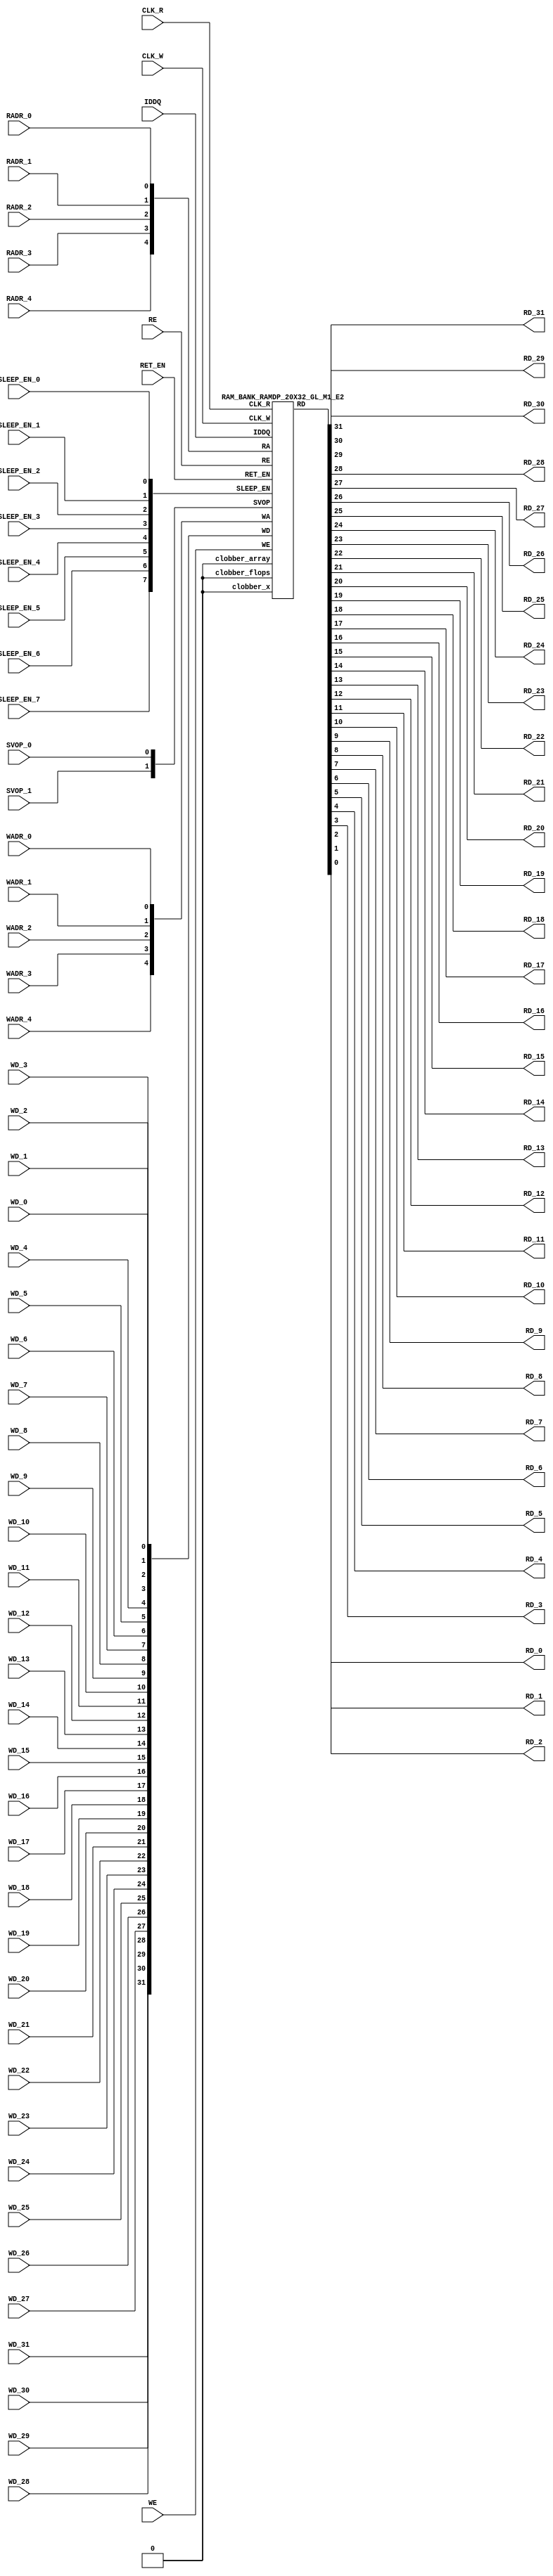
//RAM : RAMDP_20X32_GL_M1_E2
//Technology : TSMC16FFLR
//Compiler version: FINAL.1 - 2017-05-23.14:46:11
`timescale 10ps/1ps
`celldefine
module RAMDP_20X32_GL_M1_E2 (CLK_R, CLK_W, RE, WE
 , RADR_4, RADR_3, RADR_2, RADR_1, RADR_0
    , WADR_4, WADR_3, WADR_2, WADR_1, WADR_0
 , WD_31, WD_30, WD_29, WD_28, WD_27, WD_26, WD_25, WD_24, WD_23, WD_22, WD_21, WD_20, WD_19, WD_18, WD_17, WD_16, WD_15, WD_14, WD_13, WD_12, WD_11, WD_10, WD_9, WD_8, WD_7, WD_6, WD_5, WD_4, WD_3, WD_2, WD_1, WD_0
 , RD_31, RD_30, RD_29, RD_28, RD_27, RD_26, RD_25, RD_24, RD_23, RD_22, RD_21, RD_20, RD_19, RD_18, RD_17, RD_16, RD_15, RD_14, RD_13, RD_12, RD_11, RD_10, RD_9, RD_8, RD_7, RD_6, RD_5, RD_4, RD_3, RD_2, RD_1, RD_0
    , IDDQ
 , SVOP_1, SVOP_0
    , SLEEP_EN_7, SLEEP_EN_6, SLEEP_EN_5, SLEEP_EN_4, SLEEP_EN_3, SLEEP_EN_2, SLEEP_EN_1, SLEEP_EN_0, RET_EN
);
// nvProps NoBus SLEEP_EN_
`ifndef RAM_INTERFACE
`ifndef EMULATION
`ifndef SYNTHESIS
// Physical ram size defined as localparam
localparam phy_rows = 20;
localparam phy_cols = 32;
localparam phy_rcols_pos = 32'b0;
`endif //ndef SYNTHESIS
`endif //EMULATION
`endif //ndef RAM_INTERFACE
input CLK_R, CLK_W, RE, WE
 , RADR_4, RADR_3, RADR_2, RADR_1, RADR_0
    , WADR_4, WADR_3, WADR_2, WADR_1, WADR_0
 , WD_31, WD_30, WD_29, WD_28, WD_27, WD_26, WD_25, WD_24, WD_23, WD_22, WD_21, WD_20, WD_19, WD_18, WD_17, WD_16, WD_15, WD_14, WD_13, WD_12, WD_11, WD_10, WD_9, WD_8, WD_7, WD_6, WD_5, WD_4, WD_3, WD_2, WD_1, WD_0
    , SLEEP_EN_7, SLEEP_EN_6, SLEEP_EN_5, SLEEP_EN_4, SLEEP_EN_3, SLEEP_EN_2, SLEEP_EN_1, SLEEP_EN_0, RET_EN
    , IDDQ
 , SVOP_1, SVOP_0;
output RD_31, RD_30, RD_29, RD_28, RD_27, RD_26, RD_25, RD_24, RD_23, RD_22, RD_21, RD_20, RD_19, RD_18, RD_17, RD_16, RD_15, RD_14, RD_13, RD_12, RD_11, RD_10, RD_9, RD_8, RD_7, RD_6, RD_5, RD_4, RD_3, RD_2, RD_1, RD_0;
`ifndef RAM_INTERFACE
//assemble & rename wires
 wire [4:0] RA = {RADR_4, RADR_3, RADR_2, RADR_1, RADR_0};
 wire [4:0] WA = {WADR_4, WADR_3, WADR_2, WADR_1, WADR_0};
 wire [31:0] WD = {WD_31, WD_30, WD_29, WD_28, WD_27, WD_26, WD_25, WD_24, WD_23, WD_22, WD_21, WD_20, WD_19, WD_18, WD_17, WD_16, WD_15, WD_14, WD_13, WD_12, WD_11, WD_10, WD_9, WD_8, WD_7, WD_6, WD_5, WD_4, WD_3, WD_2, WD_1, WD_0};
 wire [31:0] RD;
 assign {RD_31, RD_30, RD_29, RD_28, RD_27, RD_26, RD_25, RD_24, RD_23, RD_22, RD_21, RD_20, RD_19, RD_18, RD_17, RD_16, RD_15, RD_14, RD_13, RD_12, RD_11, RD_10, RD_9, RD_8, RD_7, RD_6, RD_5, RD_4, RD_3, RD_2, RD_1, RD_0} = RD;
 wire [1:0] SVOP = {SVOP_1, SVOP_0};
    wire [7:0] SLEEP_EN = {SLEEP_EN_7, SLEEP_EN_6, SLEEP_EN_5, SLEEP_EN_4, SLEEP_EN_3, SLEEP_EN_2, SLEEP_EN_1, SLEEP_EN_0};
`ifndef EMULATION
`ifndef SYNTHESIS
//State point clobering signals:
    wire check_x = (SVOP_0 ^ SVOP_1);
    wire clobber_x;
    assign clobber_x = ((check_x === 1'bx) || (check_x === 1'bz)) ? 1'b1 : 1'b0;
    wire clobber_array = ((|SLEEP_EN) & ~RET_EN) | clobber_x;
    wire clobber_flops = (|SLEEP_EN) | clobber_x;
    integer i;
    always @(clobber_array) begin
      if (clobber_array) begin
      for (i=0; i<20; i=i+1) begin
          ITOP.io.array[i] <= 32'bx;
      end
      end
    end
//VCS coverage off
    always @(clobber_flops) begin
        if (clobber_flops) begin
        ITOP.we_lat <= 1'bx;
        ITOP.wa_lat <= 5'bx;
        ITOP.wd_lat <= 32'bx;
        ITOP.re_lat <= 1'bx;
        ITOP.ra_lat <= 5'bx;
        ITOP.io.r0_dout_tmp <= 32'b0;
        end
    end
//VCS coverage on
//VCS coverage off
`ifdef NV_RAM_ASSERT
//first reset signal for nv_assert_module:
    reg sim_reset;
    initial begin: init_sim_reset
        sim_reset = 0;
        #6 sim_reset = 1;
    end
    reg rst_clk;
    initial begin: init_rst_clk
        rst_clk = 0;
        #2 rst_clk = 1;
        #4 rst_clk = 0;
    end
//internal weclk|reclk gating signal:
    wire weclk_gating = ITOP.we_lat & ~IDDQ;
    wire reclk_gating = ITOP.re_lat & ~IDDQ;
//Logic-S1: write address out of range
    wire illegal_logic_assertion_wadr_out_of_range = (ITOP.wa_lat>=5'd20) & weclk_gating;
    wire disable_logic_assertion_wadr_out_of_range = $test$plusargs("disable_logic_assertions_globally") | $test$plusargs("disable_logic_assertion_wadr_out_of_range");
    nv_assert_never #(0,0, "Logic-S1:write address out of range") disable_logic_assertion_wadr_out_of_range_x (CLK_W ^ rst_clk, ~disable_logic_assertion_wadr_out_of_range & sim_reset, illegal_logic_assertion_wadr_out_of_range);
//Logic-S2: read address out of range
    wire illegal_logic_assertion_radr_out_of_range = (ITOP.ra_lat>=5'd20) & reclk_gating;
    wire disable_logic_assertion_radr_out_of_range = $test$plusargs("disable_logic_assertions_globally") | $test$plusargs("disable_logic_assertion_radr_out_of_range");
    nv_assert_never #(0,0, "Logic-S2:read address out of range") disable_logic_assertion_radr_out_of_range_x (CLK_R ^ rst_clk, ~disable_logic_assertion_radr_out_of_range & sim_reset, illegal_logic_assertion_radr_out_of_range);
//Assertion checks for power sequence of G-option RAMDP:
//weclk_gating after 2 clk
    reg weclk_gating_1p, weclk_gating_2p;
    always @(posedge CLK_W) begin
        weclk_gating_1p <= weclk_gating;
        weclk_gating_2p <= weclk_gating_1p;
    end
//reclk_gating after 2 clk
    reg reclk_gating_1p, reclk_gating_2p;
    always @(posedge CLK_R) begin
        reclk_gating_1p <= reclk_gating;
        reclk_gating_2p <= reclk_gating_1p;
    end
//RET_EN off after 2 CLK_W
    reg ret_en_w_1p, ret_en_w_2p;
    always @(posedge CLK_W or posedge RET_EN) begin
        if(RET_EN)
            begin
                ret_en_w_1p <= 1'b1;
                ret_en_w_2p <= 1'b1;
            end
        else
            begin
                ret_en_w_1p <= RET_EN;
                ret_en_w_2p <= ret_en_w_1p;
            end
    end
//RET_EN off after 2 CLK_R
    reg ret_en_r_1p, ret_en_r_2p;
    always @(posedge CLK_R or posedge RET_EN) begin
        if(RET_EN)
            begin
                ret_en_r_1p <= 1'b1;
                ret_en_r_2p <= 1'b1;
            end
        else
            begin
                ret_en_r_1p <= RET_EN;
                ret_en_r_2p <= ret_en_r_1p;
            end
    end
    wire sleep_en_or = (|SLEEP_EN) ;
//SLEEP_EN off after 2 CLK_W
    reg sleep_en_off_w_1p, sleep_en_off_w_2p;
    always @(posedge CLK_W or posedge sleep_en_or) begin
        if(sleep_en_or)
            begin
                sleep_en_off_w_1p <= 1'b1;
                sleep_en_off_w_2p <= 1'b1;
            end
        else
            begin
                sleep_en_off_w_1p <= sleep_en_or;
                sleep_en_off_w_2p <= sleep_en_off_w_1p;
            end
    end
//SLEEP_EN off after 2 CLK_R
    reg sleep_en_off_r_1p, sleep_en_off_r_2p;
    always @(posedge CLK_R or posedge sleep_en_or) begin
        if(sleep_en_or)
            begin
                sleep_en_off_r_1p <= 1'b1;
                sleep_en_off_r_2p <= 1'b1;
            end
        else
            begin
                sleep_en_off_r_1p <= |sleep_en_or;
                sleep_en_off_r_2p <= sleep_en_off_r_1p;
            end
    end
//#1 From function mode to retention mode:
//Power-S1.1:illegal assert RET_EN after asserting SLEEP_EN
    wire disable_power_assertion_S1P1 = $test$plusargs("disable_power_assertions_globally") | $test$plusargs("disable_power_assertion_assert_RET_EN_after_SLEEP_EN_on_when_function2retention");
    nv_assert_never #(0,0, "Power-S1.1:illegal assert RET_EN after asserting SLEEP_EN") inst_S1P1 (RET_EN ^ rst_clk, ~disable_power_assertion_S1P1 & sim_reset, (|SLEEP_EN));
//Power-S1.2:illegal assert RET_EN without 2 nop-CLK
    wire disable_power_assertion_S1P2 = $test$plusargs("disable_power_assertions_globally") | $test$plusargs("disable_power_assertion_assert_RET_EN_without_2_nop_CLK");
    nv_assert_never #(0,0, "Power-S1.2:illegal assert RET_EN without 2 nop-CLK") inst_S1P2 (RET_EN ^ rst_clk, ~disable_power_assertion_S1P2 & sim_reset, weclk_gating | weclk_gating_1p | weclk_gating_2p | reclk_gating | reclk_gating_1p | reclk_gating_2p);
//#2 From retention mode to function mode:
//Power-S2.1:illegal write without 2 nop-CLK after de-asserting RET_EN
    wire disable_power_assertion_S2P1 = $test$plusargs("disable_power_assertions_globally") | $test$plusargs("disable_power_assertion_write_without_2_nop_CLK_after_retention2function");
    nv_assert_never #(0,0, "Power-S2.1:illegal write without 2 nop-CLK after de-asserting RET_EN") inst_S2P1 (CLK_W ^ rst_clk, ~disable_power_assertion_S2P1 & sim_reset, ~RET_EN & ret_en_w_2p & weclk_gating);
//Power-S2.2:illegal read without 2 nop-CLK after de-asserting RET_EN
    wire disable_power_assertion_S2P2 = $test$plusargs("disable_power_assertions_globally") | $test$plusargs("disable_power_assertion_read_without_2_nop_CLK_after_retention2function");
    nv_assert_never #(0,0, "Power-S2.2:illegal read without 2 nop-CLK after de-asserting RET_EN") inst_S2P2 (CLK_R ^ rst_clk, ~disable_power_assertion_S2P2 & sim_reset, ~RET_EN & ret_en_r_2p & reclk_gating);
//#3 From function mode to sleep mode:
//Power-S3.2:illegal assert SLEEP_EN without 2 nop-CLK
    wire disable_power_assertion_S3P2 = $test$plusargs("disable_power_assertions_globally") | $test$plusargs("disable_power_assertion_assert_SLEEP_EN_without_2_nop_CLK");
    nv_assert_never #(0,0, "Power-S3.2:illegal assert SLEEP_EN without 2 nop-CLK") inst_S3P2 ((|SLEEP_EN) ^ rst_clk, ~disable_power_assertion_S3P2 & sim_reset, weclk_gating | weclk_gating_1p | weclk_gating_2p | reclk_gating | reclk_gating_1p | reclk_gating_2p);
//#4 From sleep mode to function mode:
//Power-S4.1:illegal write without 2 nop-CLK after switching from sleep mode to function mode
    wire disable_power_assertion_S4P1 = $test$plusargs("disable_power_assertions_globally") | $test$plusargs("disable_power_assertion_write_without_2_nop_CLK_after_sleep2function");
    nv_assert_never #(0,0, "Power-S4.1:illegal write without 2 nop-CLK after switching from sleep mode to function mode") inst_S4P1 (CLK_W ^ rst_clk, ~disable_power_assertion_S4P1 & sim_reset, ~(|SLEEP_EN) & sleep_en_off_w_2p & weclk_gating);
//Power-S4.2:illegal read without 2 nop-CLK after switching from sleep mode to function mode
    wire disable_power_assertion_S4P2 = $test$plusargs("disable_power_assertions_globally") | $test$plusargs("disable_power_assertion_read_without_2_nop_after_sleep2function");
    nv_assert_never #(0,0, "Power-S4.2:illegal read without 2 nop-CLK after switching from sleep mode to function mode") inst_S4P2 (CLK_R ^ rst_clk, ~disable_power_assertion_S4P2 & sim_reset, ~(|SLEEP_EN) & sleep_en_off_r_2p & reclk_gating);
`endif //NV_RAM_ASSERT
//VCS coverage on
`ifdef NV_RAM_EXPAND_ARRAY
  wire [32-1:0] Q_19 = ITOP.io.array[19];
  wire [32-1:0] Q_18 = ITOP.io.array[18];
  wire [32-1:0] Q_17 = ITOP.io.array[17];
  wire [32-1:0] Q_16 = ITOP.io.array[16];
  wire [32-1:0] Q_15 = ITOP.io.array[15];
  wire [32-1:0] Q_14 = ITOP.io.array[14];
  wire [32-1:0] Q_13 = ITOP.io.array[13];
  wire [32-1:0] Q_12 = ITOP.io.array[12];
  wire [32-1:0] Q_11 = ITOP.io.array[11];
  wire [32-1:0] Q_10 = ITOP.io.array[10];
  wire [32-1:0] Q_9 = ITOP.io.array[9];
  wire [32-1:0] Q_8 = ITOP.io.array[8];
  wire [32-1:0] Q_7 = ITOP.io.array[7];
  wire [32-1:0] Q_6 = ITOP.io.array[6];
  wire [32-1:0] Q_5 = ITOP.io.array[5];
  wire [32-1:0] Q_4 = ITOP.io.array[4];
  wire [32-1:0] Q_3 = ITOP.io.array[3];
  wire [32-1:0] Q_2 = ITOP.io.array[2];
  wire [32-1:0] Q_1 = ITOP.io.array[1];
  wire [32-1:0] Q_0 = ITOP.io.array[0];
`endif //def NV_RAM_EXPAND_ARRAY
//VCS coverage off
`ifdef MONITOR
task monitor_on;
    begin
        ITOP.io.monitor_on = 1'b1;
    end
endtask
task monitor_off;
    begin
        ITOP.io.monitor_on = 1'b0;
        ITOP.io.dump_monitor_result = 1'b1;
    end
endtask
`endif//def MONITOR
//VCS coverage on
//VCS coverage off
task mem_fill_value;
input fill_bit;
integer i;
begin
    for (i=0; i<20; i=i+1) begin
     ITOP.io.array[i] = {32{fill_bit}};
    end
end
endtask
task mem_fill_random;
integer i;
integer j;
reg [31:0] val;
begin
    for (j=0; j<20; j=j+1) begin
        for (i=0; i<32; i=i+1) begin
            val[i] = {$random};
        end
     ITOP.io.array[j] = val;
    end
end
endtask
task mem_write;
  input [4:0] addr;
  input [31:0] data;
  begin
     ITOP.io.mem_wr_raw(addr,data);
  end
endtask
function [31:0] mem_read;
  input [4:0] addr;
  begin
 mem_read = ITOP.io.mem_read_raw(addr);
  end
endfunction
task force_rd;
  input [4:0] addr;
  begin
 ITOP.io.r0_dout_tmp = ITOP.io.array[addr];
  end
endtask
`ifdef MEM_PHYS_INFO
task mem_phys_write;
  input [4:0] addr;
  input [31:0] data;
  begin
     ITOP.io.mem_wr_raw(addr,data);
  end
endtask
function [31:0] mem_phys_read_padr;
  input [4:0] addr;
  begin
 mem_phys_read_padr = ITOP.io.mem_read_raw(addr);
  end
endfunction
function [4:0] mem_log_to_phys_adr;
    input [4:0] addr;
    begin
    mem_log_to_phys_adr = addr;
    end
endfunction
function [31:0] mem_phys_read_pmasked;
  input [4:0] addr;
  begin
 mem_phys_read_pmasked = ITOP.io.mem_read_raw(addr);
  end
endfunction
function [31:0] mem_phys_read_ladr;
  input [4:0] addr;
  begin
 mem_phys_read_ladr = mem_phys_read_padr(mem_log_to_phys_adr(addr));
  end
endfunction
`endif //def MEM_PHYS_INFO
`ifdef FAULT_INJECTION
task mem_fault_no_write;
  input [31:0] fault_mask;
   begin
    ITOP.io.mem_fault_no_write(fault_mask);
  end
endtask
task mem_fault_stuck_0;
  input [31:0] fault_mask;
  integer i;
   begin
    ITOP.io.mem_fault_stuck_0(fault_mask);
   end
endtask
task mem_fault_stuck_1;
  input [31:0] fault_mask;
  integer i;
   begin
    ITOP.io.mem_fault_stuck_1(fault_mask);
  end
endtask
task set_bit_fault_stuck_0;
  input r;
  input c;
  integer r;
  integer c;
    ITOP.io.set_bit_fault_stuck_0(r,c);
endtask
task set_bit_fault_stuck_1;
  input r;
  input c;
  integer r;
  integer c;
    ITOP.io.set_bit_fault_stuck_1(r,c);
endtask
task clear_bit_fault_stuck_0;
  input r;
  input c;
  integer r;
  integer c;
    ITOP.io.clear_bit_fault_stuck_0(r,c);
endtask
task clear_bit_fault_stuck_1;
  input r;
  input c;
  integer r;
  integer c;
    ITOP.io.clear_bit_fault_stuck_1(r,c);
endtask
//VCS coverage on
`endif //def FAULT_INJECTION
`else //def SYNTHESIS
    wire clobber_x;
    assign clobber_x = 1'b0;
    wire clobber_array = 1'b0;
    wire clobber_flops = 1'b0;
`endif //ndef SYNTHESIS
//instantiate memory bank
 RAM_BANK_RAMDP_20X32_GL_M1_E2 ITOP (
  .RE(RE),
  .WE(WE),
  .RA(RA),
  .WA(WA),
  .CLK_R(CLK_R),
  .CLK_W(CLK_W),
  .IDDQ(IDDQ),
  .SVOP(SVOP),
  .WD(WD),
  .RD(RD),
  .SLEEP_EN(SLEEP_EN),
        .RET_EN(RET_EN),
        .clobber_flops(clobber_flops),
        .clobber_array(clobber_array),
        .clobber_x(clobber_x)
 );
//VCS coverage off
`else //def EMULATION
// Simple emulation model without MBIST, SCAN or REDUNDANCY
//common part for write
     reg we_ff;
        reg [4:0] wa_ff;
        reg [31:0] wd_ff;
     always @(posedge CLK_W) begin // spyglass disable W391
                we_ff <= WE;
                wa_ff <= WA;
                wd_ff <= WD;
     end
//common part for read
     reg re_lat;
        always @(*) begin
      if (!CLK_R) begin
                re_lat <= RE; // spyglass disable W18
      end
     end
     wire reclk = CLK_R & re_lat;
     reg [4:0] ra_ff;
     always @(posedge CLK_R) begin // spyglass disable W391
       ra_ff <= RA;
     end
        reg [31:0] dout;
        assign RD = dout;
//memory array
     reg [31:0] array[0:19];
     always @(negedge CLK_W ) begin
            if (we_ff) begin
       array[wa_ff] <= wd_ff; // spyglass disable SYNTH_5130
            end
     end
     always @(*) begin
      if (reclk) begin
       dout <= array[ra_ff]; // spyglass disable SYNTH_5130, W18
      end
     end
// End of the simple emulation model
`endif //def EMULATION
//VCS coverage on
`endif //ndef RAM_INTERFACE
endmodule
`endcelldefine
/////////////////////////////////////////////////////////////////////////////////////////////////////////////////////////////////
/////////////////////////////// memory bank block : defines internal logic of the RAMDP /////////////////////////////////////////
/////////////////////////////////////////////////////////////////////////////////////////////////////////////////////////////////
`ifndef RAM_INTERFACE
`ifndef EMULATION
module RAM_BANK_RAMDP_20X32_GL_M1_E2 (RE, WE, RA, WA, CLK_R, CLK_W, IDDQ, SVOP, WD, RD, SLEEP_EN, RET_EN, clobber_flops, clobber_array, clobber_x
);
input RET_EN;
input RE, WE, CLK_R, CLK_W, IDDQ;
input [4:0] RA, WA;
input [31:0] WD;
input [1:0] SVOP;
input [7:0] SLEEP_EN;
input clobber_flops, clobber_array, clobber_x;
output [31:0] RD;
//State point clobering signals:
    wire output_valid = ~(clobber_x | (|SLEEP_EN));
    wire clamp_o = SLEEP_EN[7] | RET_EN;
//common part for write
    wire clk_w_iddq = CLK_W & ~IDDQ & ~clamp_o;
 reg we_lat;
 always @(*) begin
  if (!clk_w_iddq & !clobber_flops) begin
   we_lat <= WE; // spyglass disable W18, IntClock
  end
 end
// weclk with posedge 1 dly | negedge 2 dly
    wire weclk, weclk_d0, weclk_d1, weclk_d2;
    assign weclk_d0 = clk_w_iddq & we_lat & ~clobber_flops & ~clobber_array;
    assign #1 weclk_d1 = weclk_d0;
    assign #1 weclk_d2 = weclk_d1;
    assign weclk = weclk_d1 | weclk_d2; // spyglass disable GatedClock
// wadclk with posedge 0 dly | negedge 3 dly
    wire wadclk, wadclk_d0, wadclk_d1, wadclk_d2, wadclk_d3;
    assign wadclk_d0 = clk_w_iddq & we_lat;
    assign #1 wadclk_d1 = wadclk_d0;
    assign #1 wadclk_d2 = wadclk_d1;
    assign #1 wadclk_d3 = wadclk_d2;
    assign wadclk = wadclk_d0 | wadclk_d1 | wadclk_d2 | wadclk_d3;
// wdclk with posedge 0 dly | negedge 3 dly
    wire wdclk, wdclk_d0, wdclk_d1, wdclk_d2, wdclk_d3;
    assign wdclk_d0 = clk_w_iddq & we_lat;
    assign #1 wdclk_d1 = wdclk_d0;
    assign #1 wdclk_d2 = wdclk_d1;
    assign #1 wdclk_d3 = wdclk_d2;
    assign wdclk = wdclk_d0 | wdclk_d1 | wdclk_d2 | wdclk_d3;
    reg [4:0] wa_lat;
 always @(*) begin
  if (!wadclk & !clobber_flops) begin
   wa_lat <= WA; // spyglass disable W18, IntClock
  end
 end
 reg [31:0] wd_lat;
 always @(*) begin
  if (!wdclk & !clobber_flops) begin
   wd_lat <= WD; // spyglass disable W18, IntClock
  end
 end
//common part for read
 reg re_lat;
 always @(*) begin
  if (!CLK_R & !clobber_flops) begin
   re_lat <= RE; // spyglass disable W18, IntClock
  end
 end
// reclk with posedge 1 dly | negedge 0 dly
    wire reclk, reclk_d0, reclk_d1;
    assign reclk_d0 = CLK_R & ~IDDQ & re_lat & ~clamp_o;
    assign #1 reclk_d1 = reclk_d0;
    assign reclk = reclk_d0 & reclk_d1; // spyglass disable GatedClock
// radclk with posedge 0 dly | negedge 1 dly
    wire radclk, radclk_d0, radclk_d1;
    assign radclk_d0 = CLK_R & ~IDDQ & re_lat & ~clamp_o;
    assign #1 radclk_d1 = radclk_d0;
    assign radclk = radclk_d0 | radclk_d1;
 reg [4:0] ra_lat;
 always @(*) begin
  if (!radclk & !clobber_flops) begin
   ra_lat <= RA; // spyglass disable W18, IntClock
  end
 end
 wire [31:0] dout;
 assign RD = clamp_o ? 32'b0 : (output_valid ? dout : 32'bx); //spyglass disable STARC-2.10.1.6
//for E-option RAM
 vram_RAMDP_20X32_GL_M1_E2 # (20, 32, 5) io (
  .w0_addr(wa_lat),
  .w0_clk(weclk),
  .w0_bwe({32{1'b1}}),
  .w0_din(wd_lat),
  .r0_addr(ra_lat),
  .r0_clk(reclk),
  .r0_dout(dout),
        .clamp_o(clamp_o)
 );
endmodule
`endif //ndef EMULATION
`endif //ndef RAM_INTERFACE
/////////////////////////////////////////////////////////////////////////////////////////////////////////////////////////////////
///////////////////////////////  ram primitive : defines 2D behavioral memory array of the RAMDP ////////////////////////////////
/////////////////////////////////////////////////////////////////////////////////////////////////////////////////////////////////
`ifndef RAM_INTERFACE
`ifndef EMULATION
module vram_RAMDP_20X32_GL_M1_E2 (
 w0_addr,
 w0_clk,
 w0_bwe,
 w0_din,
 r0_addr,
 r0_clk,
 r0_dout,
    clamp_o
);
parameter words = 20;
parameter bits = 32;
parameter addrs = 5;
input [addrs-1:0] w0_addr;
input w0_clk;
input [bits-1:0] w0_din;
input [bits-1:0] w0_bwe;
input [addrs-1:0] r0_addr;
input r0_clk;
input clamp_o;
output [bits-1:0] r0_dout;
integer a;
`ifndef SYNTHESIS
`ifdef FAULT_INJECTION
// regs for inducing faults
 reg [bits-1:0] fault_no_write; // block writes to this column
 reg [bits-1:0] fault_stuck_0; // column always reads as 0
 reg [bits-1:0] fault_stuck_1; // column always reads as 1
 reg [bits-1:0] bit_fault_stuck_0[0:words-1]; // column always reads as 0
 reg [bits-1:0] bit_fault_stuck_1[0:words-1]; // column always reads as 1
 initial begin : init_bit_fault_stuck
   integer i;
   integer j;
   fault_no_write = {bits{1'b0}};
   fault_stuck_0 = {bits{1'b0}};
   fault_stuck_1 = {bits{1'b0}};
   for (i=0; i<=words; i=i+1) begin
       bit_fault_stuck_0[i] = {bits{1'b0}};
       bit_fault_stuck_1[i] = {bits{1'b0}};
   end
 end
`endif //def FAULT_INJECTION
`ifdef MONITOR
//VCS coverage off
// monitor variables
reg monitor_on;
reg dump_monitor_result;
// this monitors coverage including redundancy cols
// 1'bx = not accessed
// 1'b0 = accessed as a 0
// 1'b1 = accessed as a 1
// 1'bz = accessed as both 0 and 1
reg [bits-1:0] bit_written[0:words-1];
reg [bits-1:0] bit_read[0:words-1];
initial begin : init_monitor
  monitor_on = 1'b0;
  dump_monitor_result = 1'b0;
  for(a=0;a<words;a=a+1) begin
      bit_written[a] = {bits{1'bx}};
      bit_read[a] = {bits{1'bx}};
  end
end
always @(dump_monitor_result) begin : dump_monitor
    integer r;
 integer c;
    integer b;
 reg [32-1:0] tmp_row;
     if (dump_monitor_result == 1'b1) begin
      $display("Exercised coverage summary:");
      $display("\t%m bits not written as 0:");
      for (r=0; r<20; r=r+1) begin
          tmp_row = bit_written[r];
       for (c=0; c<32; c=c+1) begin
        if (tmp_row[c] !== 1'b0 && tmp_row[c] !== 1'bz) $display("\t\t[row,col] [%d,%d]", r, c);
       end
      end
            $display("\t%m bits not written as 1:");
      for (r=0; r<20; r=r+1) begin
          tmp_row = bit_written[r];
       for (c=0; c<32; c=c+1) begin
        if (tmp_row[c] !== 1'b1 && tmp_row[c] !== 1'bz) $display("\t\t[row,col] [%d,%d]", r, c);
       end
      end
      $display("\t%m bits not read as 0:");
      for (r=0; r<20; r=r+1) begin
          tmp_row = bit_read[r];
       for (c=0; c<32; c=c+1) begin
        if (tmp_row[c] !== 1'b0 && tmp_row[c] !== 1'bz) $display("\t\t[row,col] [%d,%d]", r, c);
       end
      end
      $display("\t%m bits not read as 1:");
      for (r=0; r<20; r=r+1) begin
          tmp_row = bit_read[r];
       for (c=0; c<32; c=c+1) begin
        if (tmp_row[c] !== 1'b1 && tmp_row[c] !== 1'bz) $display("\t\t[row,col] [%d,%d]", r, c);
       end
      end
        end
 dump_monitor_result = 1'b0;
end
//VCS coverage on
`endif //MONITOR
`endif //ndef SYNTHESIS
//memory array
 reg [bits-1:0] array[0:words-1];
// Bit write enable
`ifndef SYNTHESIS
    `ifdef FAULT_INJECTION
        wire [bits-1:0] bwe_with_fault = w0_bwe & ~fault_no_write;
        wire [bits-1:0] re_with_fault = ~(bit_fault_stuck_1[r0_addr] | bit_fault_stuck_0[r0_addr]);
    `else
        wire [bits-1:0] bwe_with_fault = w0_bwe;
        wire [bits-1:0] re_with_fault = {bits{1'b1}};
    `endif //def FAULT_INJECTION
`else
    wire [bits-1:0] bwe_with_fault = w0_bwe;
`endif //SYNTHESIS
//write function
    wire [bits-1:0] bitclk = {bits{w0_clk}} & bwe_with_fault;
    genvar idx;
    generate
        for (idx=0; idx<bits; idx=idx+1)
        begin : write
            always @(bitclk[idx] or w0_clk or w0_addr or w0_din[idx])
            begin
                if (bitclk[idx] && w0_clk)
                begin
                    array[w0_addr][idx] <= w0_din[idx]; // spyglass disable SYNTH_5130, W18
                    `ifndef SYNTHESIS
                    `ifdef MONITOR
//VCS coverage off
                    if (monitor_on) begin
         case (bit_written[w0_addr][idx])
             1'bx: bit_written[w0_addr][idx] = w0_din[idx];
             1'b0: bit_written[w0_addr][idx] = w0_din[idx] == 1 ? 1'bz : 1'b0;
             1'b1: bit_written[w0_addr][idx] = w0_din[idx] == 0 ? 1'bz : 1'b1;
             1'bz: bit_written[w0_addr][idx] = 1'bz;
         endcase
                    end
//VCS coverage on
                    `endif //MONITOR	    
                    `endif //SYNTHESIS	
                end
            end
        end
    endgenerate
//read function
 wire [bits-1:0] r0_arr;
`ifndef SYNTHESIS
    `ifdef FAULT_INJECTION
     assign r0_arr = (array[r0_addr] | bit_fault_stuck_1[r0_addr]) & ~bit_fault_stuck_0[r0_addr]; //read fault injection
    `else
     assign r0_arr = array[r0_addr];
    `endif //def FAULT_INJECTION
`else
    assign r0_arr = array[r0_addr]; // spyglass disable SYNTH_5130
`endif //def SYNTHESIS
    wire r0_clk_d0p1, r0_clk_read, r0_clk_reset_collision;
    assign #0.1 r0_clk_d0p1 = r0_clk;
    assign r0_clk_read = r0_clk_d0p1 & r0_clk; // spyglass disable GatedClock
    assign r0_clk_reset_collision = r0_clk | r0_clk_d0p1; // spyglass disable W402b
`ifndef SYNTHESIS
`ifdef MONITOR
//VCS coverage off
    always @(r0_clk_read) begin
        if (monitor_on) begin
            for (a=0; a<bits; a=a+1) begin
             if (re_with_fault[a] && r0_clk_read) begin
                 case (bit_read[r0_addr][a])
               1'bx: bit_read[r0_addr][a] = array[r0_addr][a];
            1'b0: bit_read[r0_addr][a] = array[r0_addr][a] == 1 ? 1'bz : 1'b0;
            1'b1: bit_read[r0_addr][a] = array[r0_addr][a] == 0 ? 1'bz : 1'b1;
            1'bz: bit_read[r0_addr][a] = 1'bz;
              endcase
             end
         end
        end
    end
//VCS coverage on
`endif //MONITOR
`endif //SYNTHESIS
 reg [bits-1:0] collision_ff;
    wire [bits-1:0] collision_ff_clk = {bits{w0_clk}} & {bits{r0_clk_read}} & {bits{r0_addr==w0_addr}} & bwe_with_fault; //spyglass disable GatedClock
    genvar bw;
    generate
        for (bw=0; bw<bits; bw=bw+1)
        begin : collision
         always @(posedge collision_ff_clk[bw] or negedge r0_clk_reset_collision) begin
                if (!r0_clk_reset_collision)
                    begin
                        collision_ff[bw] <= 1'b0;
                    end
                else
                    begin
                        collision_ff[bw] <= 1'b1;
                    end
            end
        end
    endgenerate
 reg [bits-1:0] r0_dout_tmp;
 always @(*)
 begin
     if (r0_clk_read) begin
            for (a=0; a<bits; a=a+1) begin
                r0_dout_tmp[a] <= ( collision_ff[a] | (r0_addr==w0_addr & w0_clk & bwe_with_fault[a]) ) ? 1'bx : r0_arr[a] & ~clamp_o; //spyglass disable STARC-2.10.1.6, W18
            end
        end
    end
    wire [bits-1:0] r0_dout = r0_dout_tmp & {bits{~clamp_o}};
`ifndef SYNTHESIS
//VCS coverage off
task mem_wr_raw;
  input [addrs-1:0] addr;
  input [bits-1:0] data;
  begin
    array[addr] = data;
  end
endtask
function [bits-1:0] mem_read_raw;
input [addrs-1:0] addr;
 mem_read_raw = array[addr];
endfunction
`ifdef FAULT_INJECTION
// induce faults on columns
task mem_fault_no_write;
  input [bits-1:0] fault_mask;
   begin
    fault_no_write = fault_mask;
  end
endtask
task mem_fault_stuck_0;
  input [bits-1:0] fault_mask;
  integer i;
   begin
    for ( i=0; i<words; i=i+1 ) begin
      bit_fault_stuck_0[i] = fault_mask;
    end
  end
endtask
task mem_fault_stuck_1;
  input [bits-1:0] fault_mask;
  integer i;
   begin
    for ( i=0; i<words; i=i+1 ) begin
      bit_fault_stuck_1[i] = fault_mask;
    end
  end
endtask
task set_bit_fault_stuck_0;
  input r;
  input c;
  integer r;
  integer c;
  bit_fault_stuck_0[r][c] = 1;
endtask
task set_bit_fault_stuck_1;
  input r;
  input c;
  integer r;
  integer c;
  bit_fault_stuck_1[r][c] = 1;
endtask
task clear_bit_fault_stuck_0;
  input r;
  input c;
  integer r;
  integer c;
  bit_fault_stuck_0[r][c] = 0;
endtask
task clear_bit_fault_stuck_1;
  input r;
  input c;
  integer r;
  integer c;
  bit_fault_stuck_1[r][c] = 0;
endtask
//VCS coverage on
`endif //def FAULT_INJECTION
`endif //ndef SYNTHESIS
endmodule
`endif //ndef EMULATION
`endif //ndef RAM_INTERFACE